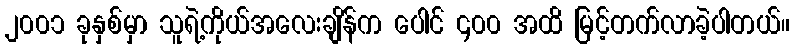
၂၀၀၁ ခုနှစ်မှာ သူရဲ့ကိုယ်အလေးချိန်က ပေါင် ၄၀၀ အထိ မြင့်တက်လာခဲ့ပါတယ်။